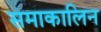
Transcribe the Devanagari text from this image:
समाकालिन